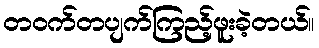
တဝက်တပျက်ကြည့်ဖူးခဲ့တယ်။